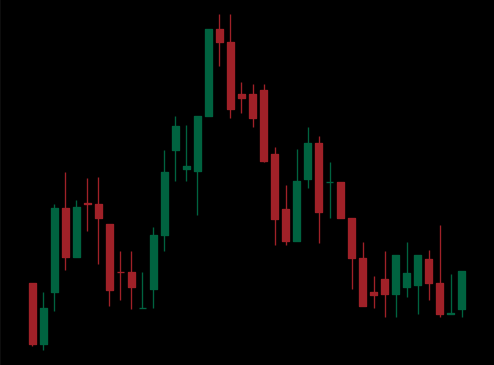
Pattern: head_shoulders